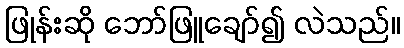
ဖြုန်းဆို ဘော်ဖြူချော်၍ လဲသည်။